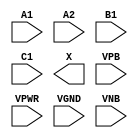
module sky130_fd_sc_hdll__a211o (
    //# {{data|Data Signals}}
    input  A1  ,
    input  A2  ,
    input  B1  ,
    input  C1  ,
    output X   ,

    //# {{power|Power}}
    input  VPB ,
    input  VPWR,
    input  VGND,
    input  VNB
);
endmodule